Tartu_pedagoogiumi_aruanded, lk 12
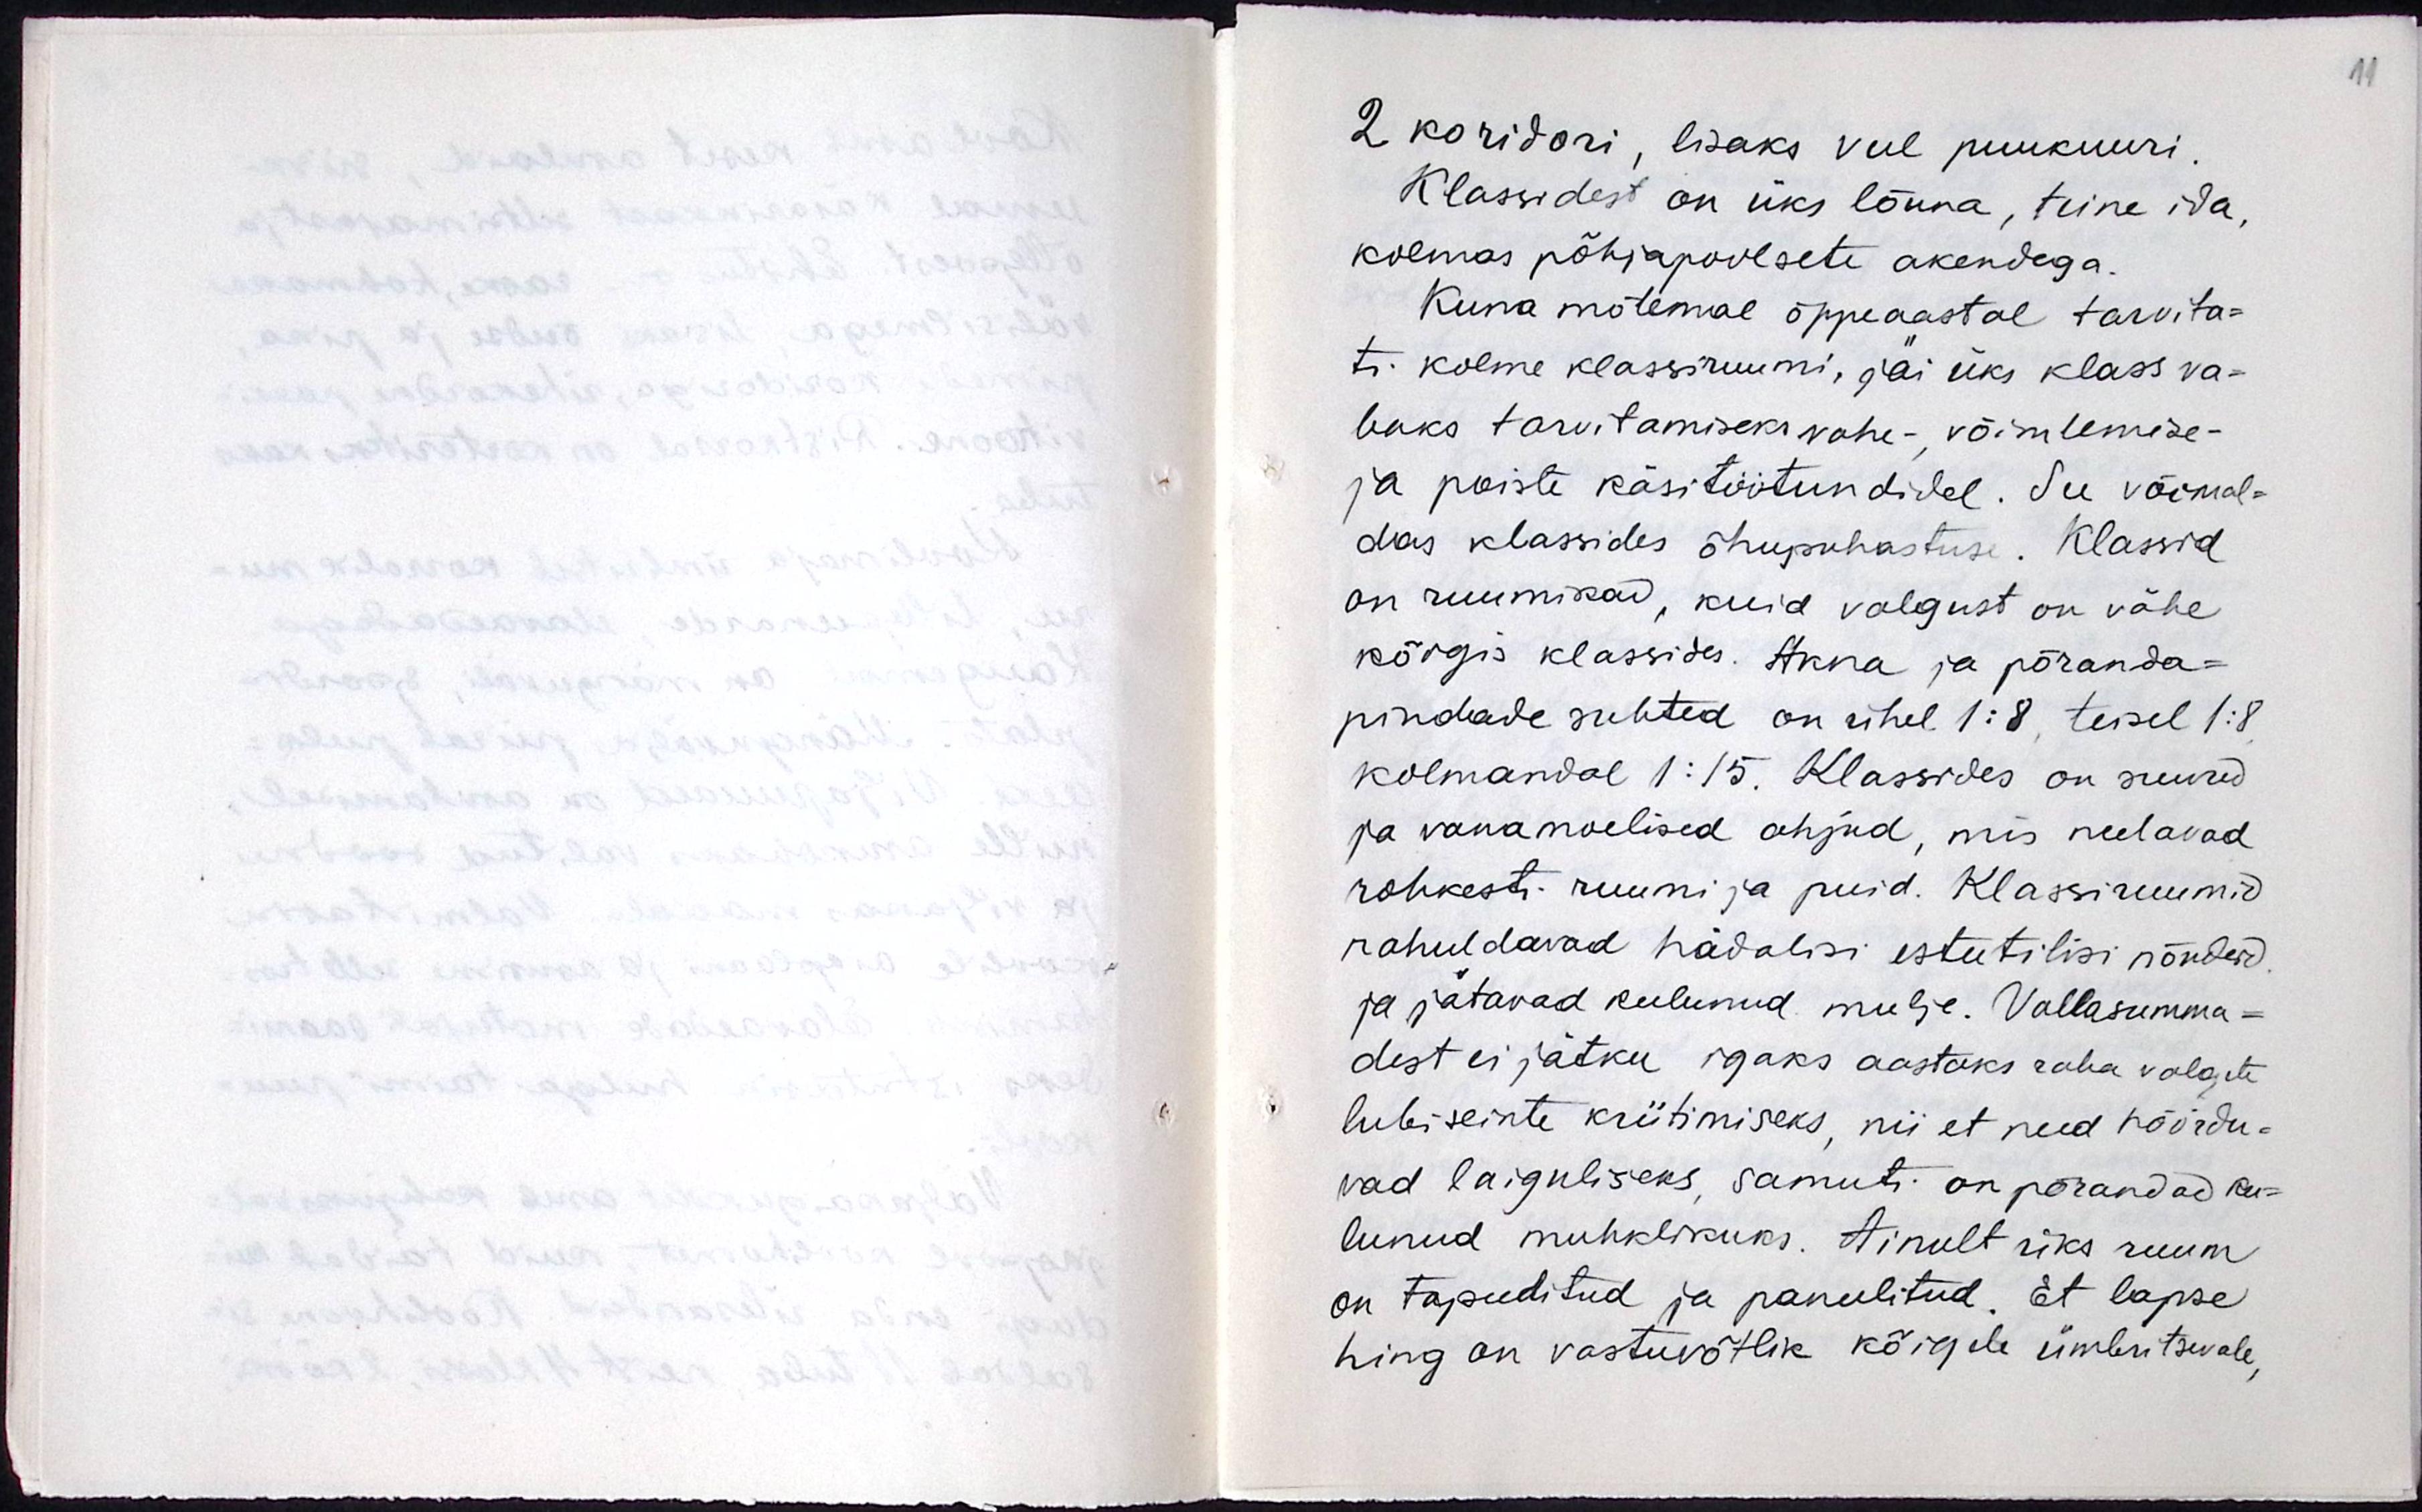
2 koridori, lisaks veel puukuuri.
Klassidest on üks lõuna, teine ida,
kolmas põhjapoolsete akendega.
Kuna mõlemal õppeaastal tarvita-
ti kolme klassiruumi, jäi üks klass va-
baks tarvitamiseks vahe-, võimlemise-
ja poiste käsitöötundidel. See võimal-
das klassides õhupuhastuse. Klassid
on ruumikad, kuid valgust on vähe
kõigis klassides. Akna ja põranda-
pindalade suhted on ühel 1:8, teisel 1:8
kolmandal 1:15. Klassides on suured
ja vanamoelised ahjud, mis neelavad
rohkesti ruumi ja puid. Klassiruumid
rahuldavad hädalisi esteetilisi nõudeid
ja jätavad kulunud mulje. Vallasumma-
dest ei jätku igaks aastaks raha valgete
lubiseinte kriitimiseks, nii et need hõõrdu-
vad laiguliseks samuti on põrandad ku-
lunud muhklikuks. Ainult üks ruum
on tapeeditud ja paneelitud. Et lapse
hing on vastuvõtlik kõigele ümbritsevale,